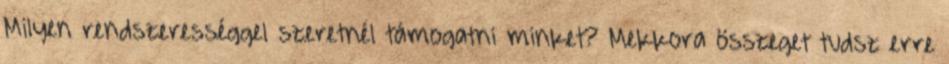
Milyen rendszerességgel szeretnél támogatni minket? Mekkora összeget tudsz erre